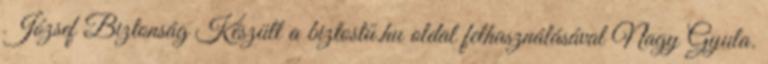
József Biztonság Készült a biztostű.hu oldal felhasználásával Nagy Gyula.